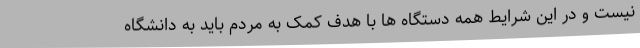
نیست و در این شرایط همه دستگاه ها با هدف کمک به مردم باید به دانشگاه